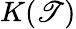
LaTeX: K(\mathscr{T})